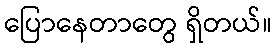
ပြောနေတာတွေ ရှိတယ်။